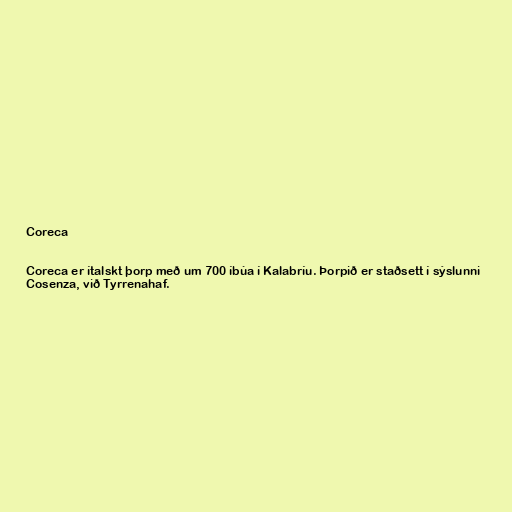
Coreca

Coreca er ítalskt þorp með um 700 íbúa í Kalabríu. Þorpið er staðsett í sýslunni
Cosenza, við Tyrrenahaf.